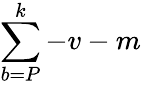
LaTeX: \sum\limits_{b=P}^{k}-v-m